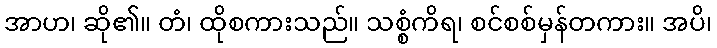
အာဟ၊ ဆို၏။ တံ၊ ထိုစကားသည်။ သစ္စံကိရ၊ စင်စစ်မှန်တကား။ အပိ၊